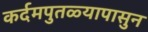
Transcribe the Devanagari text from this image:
कर्दमपुतळ्यापासुन